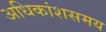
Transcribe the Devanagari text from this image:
अधिकांशसमय